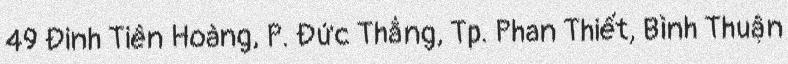
49 Đinh Tiên Hoàng, P. Đức Thắng, Tp. Phan Thiết, Bình Thuận